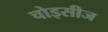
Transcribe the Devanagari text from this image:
चोइसीज